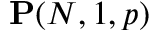
\mathbf { P } ( N , 1 , p )